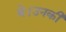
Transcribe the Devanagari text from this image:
थे।उनकी